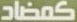
كمضاد